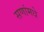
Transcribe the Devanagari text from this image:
सणांमधे